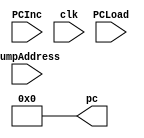
module PC(jumpAddress,PCInc,PCLoad,clk,pc);
input [11:0] jumpAddress;
input PCInc,PCLoad,clk;
output [11:0] pc;

reg [11:0] pcRegister;

assign pc = pcRegister;

always @(posedge clk)
begin
    if(PCLoad)
    begin
        if(PCInc)
            pcRegister <= pc + 12'h001;
        else
            pcRegister <= jumpAddress;
    end
end

initial
    pc <= 12'h000;
endmodule